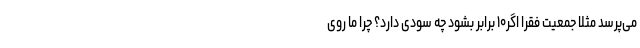
می‌پرسد مثلاً جمعیت فقرا اگر۱۰ برابر بشود چه سودی دارد؟ چرا ما روی